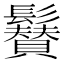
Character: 𩯳